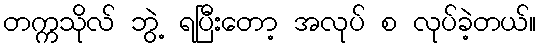
တက္ကသိုလ် ဘွဲ့ ရပြီးတော့ အလုပ် စ လုပ်ခဲ့တယ်။